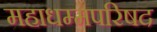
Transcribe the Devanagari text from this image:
महाधम्मपरिषद